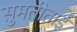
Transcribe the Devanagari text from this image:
सुमतीताई